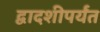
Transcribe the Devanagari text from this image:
द्वादशीपर्यंत